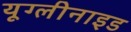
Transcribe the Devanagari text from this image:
यूग्लीनाइड